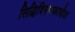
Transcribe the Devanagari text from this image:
सिद्धिविनायकाचीया